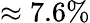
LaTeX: \approx 7.6\%